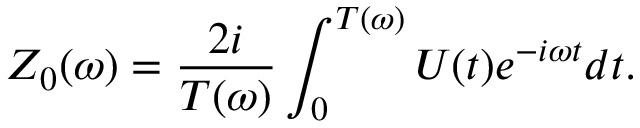
Z _ { 0 } ( \omega ) = \frac { 2 i } { T ( \omega ) } \int _ { 0 } ^ { T ( \omega ) } U ( t ) e ^ { - i \omega t } d t .